Civil Veterinary Department. Madras. Admin. report 1910-25 - 1910-1925
Year: 1910
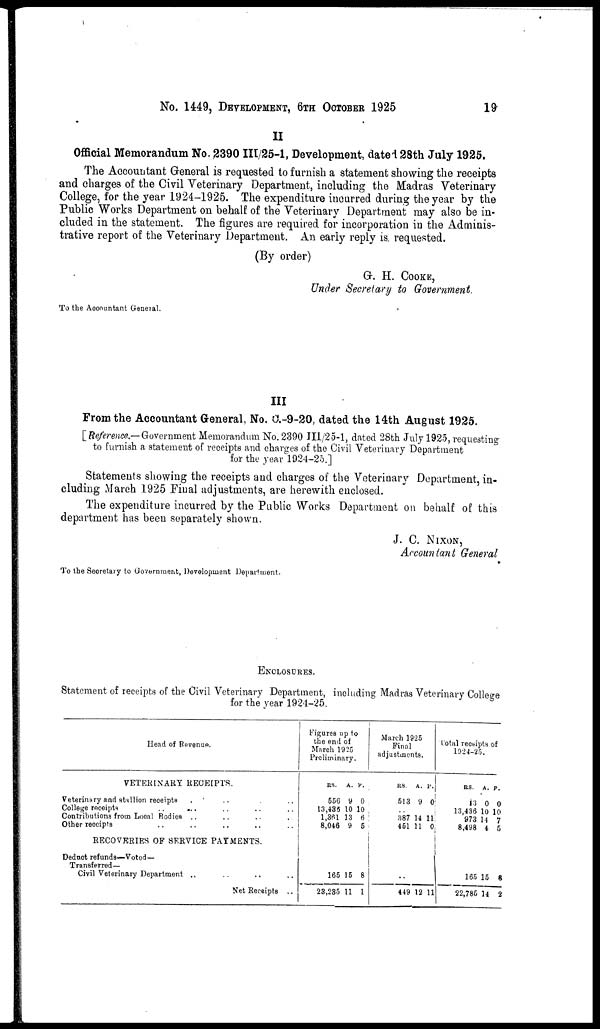
No. 1449, DEVELOPMENT, 6TH OCTOBER 1925
19
II
Official Memorandum No, 2390 III/25-1, Development, dated 28th July 1925.
The Accountant General is requested to furnish a statement showing the receipts
and charges of the Civil Veterinary Department, including the Madras Veterinary
College, for the year 1924-1925. The expenditure incurred during the year by the
Public Works Department on behalf of the Veterinary Department may also be in-
cluded in the statement. The figures are required for incorporation in the Adminis-
trative report of the Veterinary Department. An early reply is requested.
(By order)
G. H. COOKE,
Under Secretary to Government.
To the Accountant General.
III
From the Accountant General, No. C.-9-20, dated the 14th August 1925.
[Reference.— Government Memorandum No. 2390 JI1/25-1, dated 28th July 1925, requesting
to furnish a statement of receipts and charges of the Civil Veterinary Department
for the year 1924-25.]
Statements showing the receipts and charges of the Veterinary Department, in-
cluding March 1925 Final adjustments, are herewith enclosed.
The expenditure incurred by the Public Works Department on behalf of this
department has been separately shown.
J. C. NIXON,
Accountant General
To the Secretary to Government, Development Department.
ENCLOSURES.
Statement of receipts of the Civil Veterinary Department, including Madras Veterinary College
for the year 1924-25.
Head of Revenue.
VETERINARY RECEIPTS.
Veterinary and stallion receipts . .. . ..
College receipts .. .. .. ..
Contributions from Local Rodies .. ..
Other receipts.. .. .. ..
RECOVERIES OF SERVICE PAYMENTS.
Deduct refunds—Voted—
Transferred-
Civil Veterinary Department .. .. ..
Net Receipts ..
Figures up to
the end of
March 1925
Preliminary.
RS
556
13,436
1,361
8,046
165
23,235
A.
9
10
13
9
15
11
P.
0
10
6
5
8
1
March 1925
Final
adjustments.
RS.
513
387
451
..
449
A.
9
14
11
12
P.
0
11
0
11
total recsipts of
1924-25.
RS.
43 0 0
13,436
973
8,498
165
22,785
A.
10
14
4
15
14
P.
10
7
5
8
2